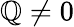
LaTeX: \mathbb{Q}\neq0